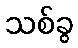
သစ်ခွ